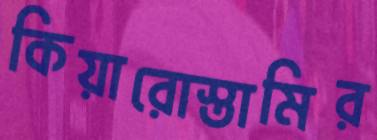
কিয়ারোস্তামির